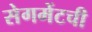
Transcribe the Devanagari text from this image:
सेगमेंटची